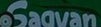
Sagvan